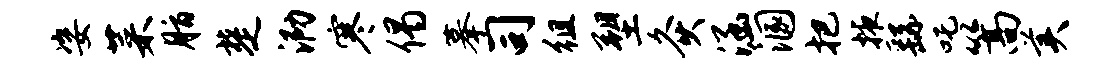
姿菜脂楚泐寒偈摹司徂塑灸涵溷把掖繇吒篙美